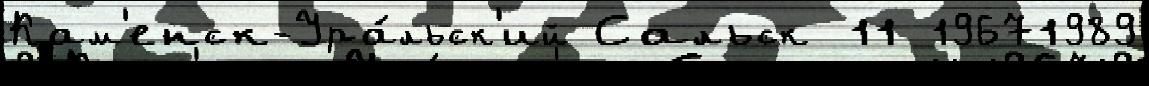
Кам'енск-Ура́льск'ий Сальск 11 19671989